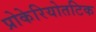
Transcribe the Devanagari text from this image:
प्रोकेरियोतटिक